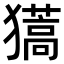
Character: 𤢨